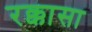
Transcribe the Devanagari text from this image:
रक्कासा